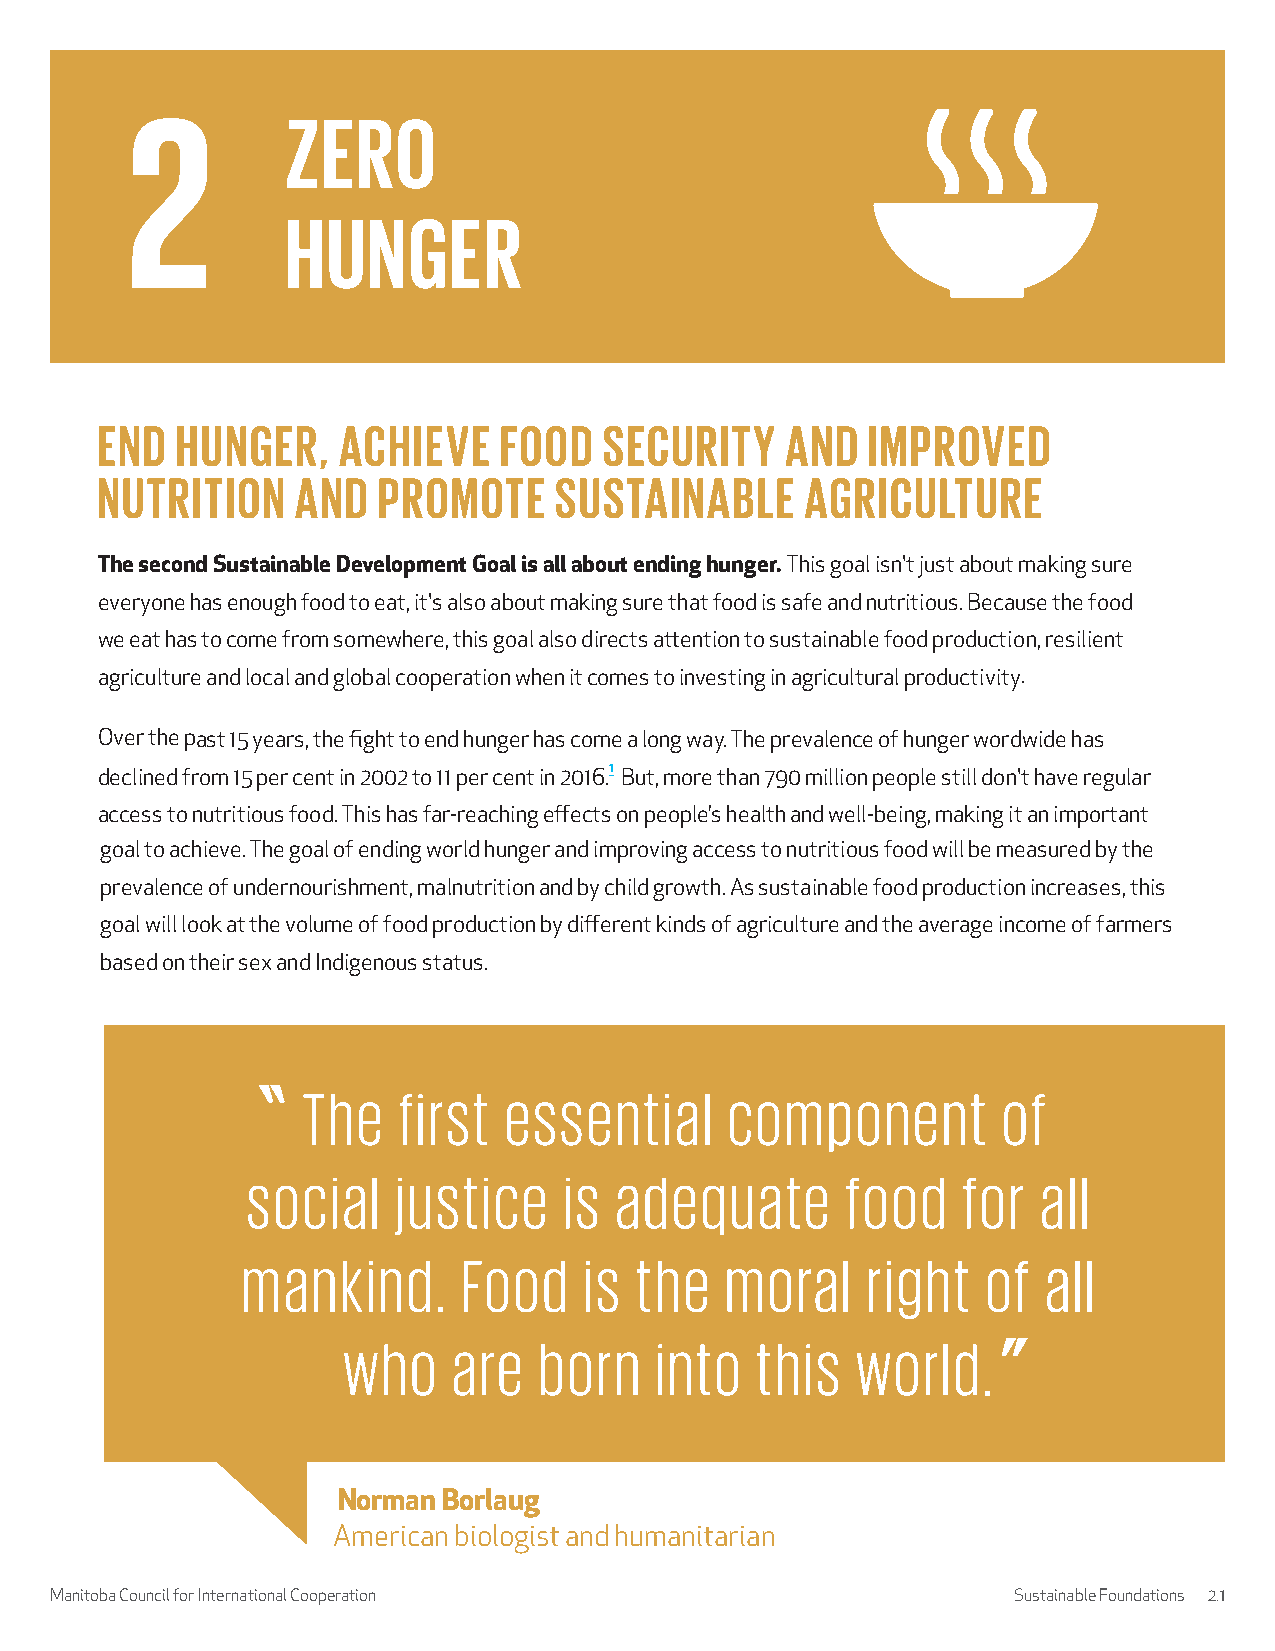
END   HUNGER,   ACHIEVE    FOOD   SECURITY    AND  IMPROVED
 NUTRITION     AND  PROMOTE     SUSTAINABLE     AGRICULTURE
 The second Sustainable Development Goal is all about ending hunger. This goal isn't just about making sure
 everyone has enough food to eat, it's also about making sure that food is safe and nutritious. Because the food
 we eat has to come from somewhere, this goal also directs attention to sustainable food production, resilient
 agriculture and local and global cooperation when it comes to investing in agricultural productivity.
 Over the past 15 years, the fight to end hunger has come a long way. The prevalence of hunger wordwide has
 declined from 15 per cent in 2002 to 11 per cent in 2016.1 But, more than 790 million people still don't have regular
 access to nutritious food. This has far-reaching effects on people’s health and well-being, making it an important
 goal to achieve. The goal of ending world hunger and improving access to nutritious food will be measured by the
 prevalence of undernourishment, malnutrition and by child growth. As sustainable food production increases, this
 goal will look at the volume of food production by different kinds of agriculture and the average income of farmers
 based on their sex and Indigenous status.
 The   first  essential      component         of
 social    justice    is  adequate       food    for  all
 mankind.       Food    is the   moral    right   of  all
 who    are   born   into   this   world.
 Norman Borlaug
 American biologist and humanitarian
 Manitoba Council for International Cooperation                  Sustainable Foundations 2.1